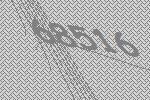
68516